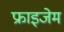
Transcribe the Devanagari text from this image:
फ्राइजेम